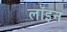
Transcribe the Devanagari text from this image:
लॉइन